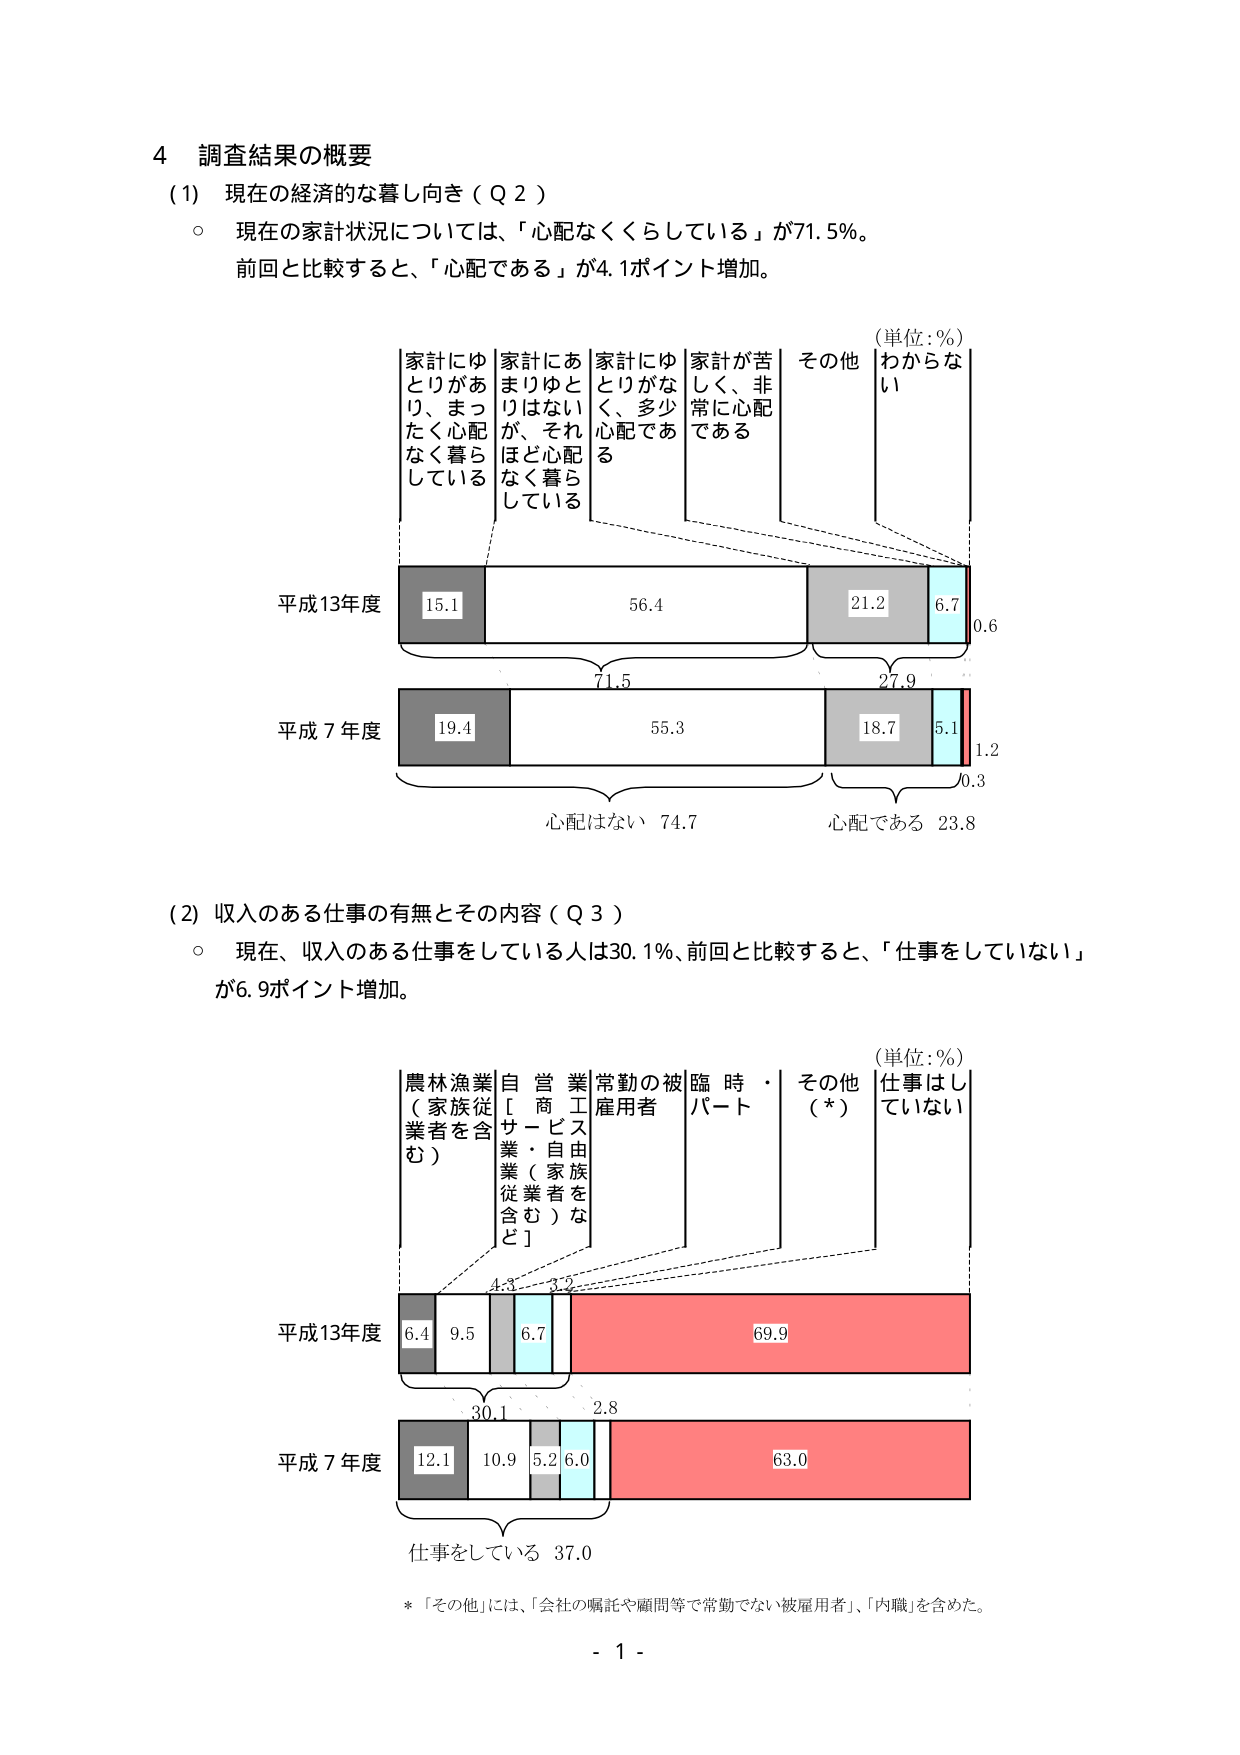
4 調査結果の概要
(1) 現在の経済的な暮らし向き（Q 2）
○ 現在の家計状況については、「心配なくくらしている」が71.5%。
前回と比較すると、「心配である」が4.1ポイント増加。

（単位：%）
家計にゆとりがあり、まったく心配なく暮らしている
家計にあまりゆとりはないが、それほど心配なく暮らしている
家計にゆとりがなく、多少心配である
家計が苦しく、非常に心配である
その他
わからない

平成13年度
15.1
56.4
21.2
6.7
0.6

平成7年度
19.4
55.3
18.7
5.1
1.2
0.3

心配はない 74.7
心配である 23.8

(2) 収入のある仕事の有無とその内容（Q 3）
○ 現在、収入のある仕事をしている人は30.1%、前回と比較すると、「仕事をしていない」が6.9ポイント増加。

（単位：%）
農林漁業（家族従業者を含む）
自営業［商工・サービス業（家族従業者を含む）など］
常勤の被雇用者
臨時・パート
その他（*）
仕事はしていない

平成13年度
6.4
9.5
6.7
69.9

平成7年度
12.1
10.9
5.2
6.0
63.0

仕事をしている 37.0

*「その他」には、「会社の嘱託や顧問等で常勤でない被雇用者」、「内職」を含めた。

- 1 -